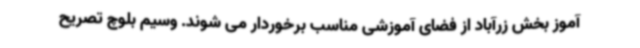
آموز بخش زرآباد از فضای آموزشی مناسب برخوردار می شوند. وسیم بلوچ تصریح